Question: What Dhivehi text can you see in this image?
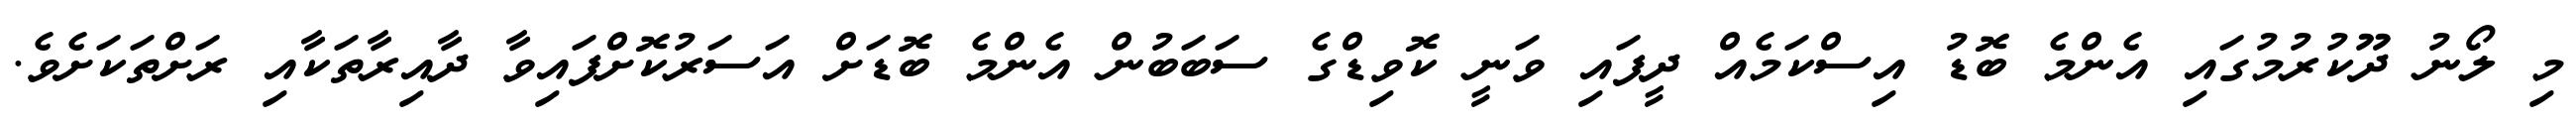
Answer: މި ލޯނު ދޫކުރުމުގައި އެންމެ ބޮޑު އިސްކަމެއް ދީފައި ވަނީ ކޮވިޑްގެ ސަބަބުން އެންމެ ބޮޑަށް އަސަރުކޮށްފައިވާ ދާއިރާތަކާއި ރަށްތަކަށެވެ.